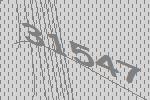
31547